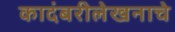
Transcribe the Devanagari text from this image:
कादंबरीलेखनाचे